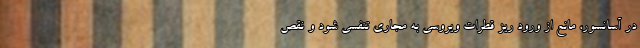
در آسانسور، مانع از ورود ریز قطرات ویروسی به مجاری تنفسی شود و نقص